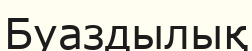
Буаздылық